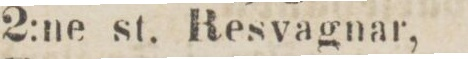
2:ne st. Resvagnar,